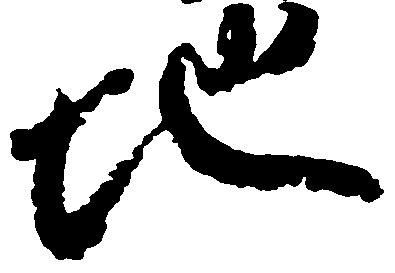
地